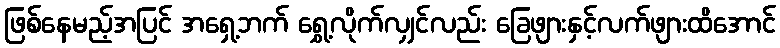
ဖြစ်နေမည့်အပြင် အရှေ့ဘက် ရွှေ့လိုက်လျှင်လည်း ခြေဖျားနှင့်လက်ဖျားထိအောင်